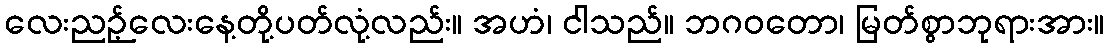
လေးညဉ့်လေးနေ့တို့ပတ်လုံ့လည်း။ အဟံ၊ ငါသည်။ ဘဂဝတော၊ မြတ်စွာဘုရားအား။